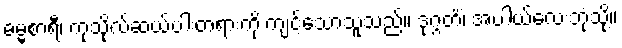
ဓမ္မစာရီ၊ ကုသိုလ်ဆယ်ပါးတရားကို ကျင့်သောသူသည်။ ဒုဂ္ဂတိံ၊ အပါယ်လေးဘုံသို့။